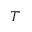
T